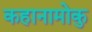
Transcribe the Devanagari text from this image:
कहानामोकु